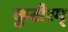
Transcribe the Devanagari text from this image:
कुटीरम्